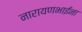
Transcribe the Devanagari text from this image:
नारायणभाईंना